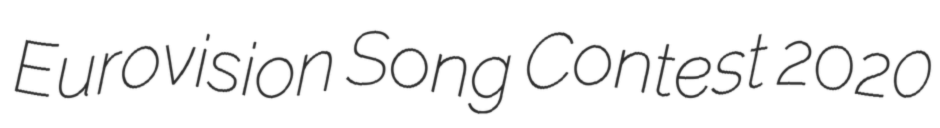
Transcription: Eurovision Song Contest 2020